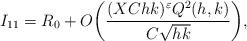
LaTeX: \begin{align*}I_{11} = R_0 + O\bigg(\frac{ (XChk)^{\varepsilon} Q^{2} (h,k) }{C\sqrt{hk}}\bigg) ,\end{align*}